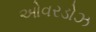
ઓવરડોઝ